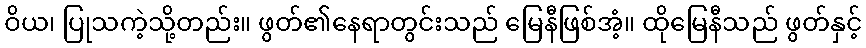
ဝိယ၊ ပြုသကဲ့သို့တည်း။ ဖွတ်၏နေရာတွင်းသည် မြေနီဖြစ်အံ့။ ထိုမြေနီသည် ဖွတ်နှင့်